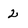
Character: 2